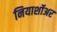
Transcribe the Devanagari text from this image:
नियार्शोअर